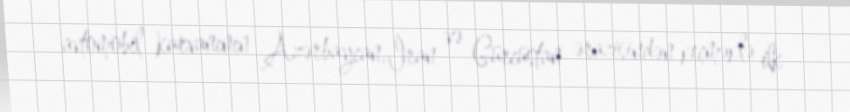
avtomobil karvanının Azərbaycan, İran və Gürcüstan ərazisindən keçməklə ilk